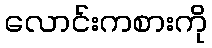
လောင်းကစားကို